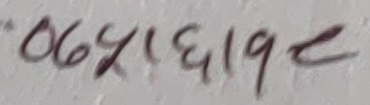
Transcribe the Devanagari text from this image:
06४१६१9९८